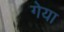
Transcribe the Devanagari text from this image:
गेया